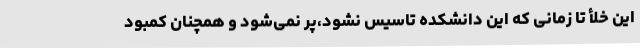
این خلأ تا زمانی که این دانشکده تاسیس نشود،پر نمی‌شود و همچنان کمبود